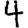
Digit: 4